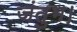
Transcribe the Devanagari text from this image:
जंतुभ।